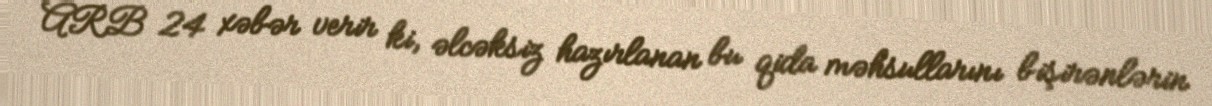
ARB 24 xəbər verir ki, əlcəksiz hazırlanan bu qida məhsullarını bişirənlərin